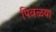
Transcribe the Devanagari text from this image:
पिवळया